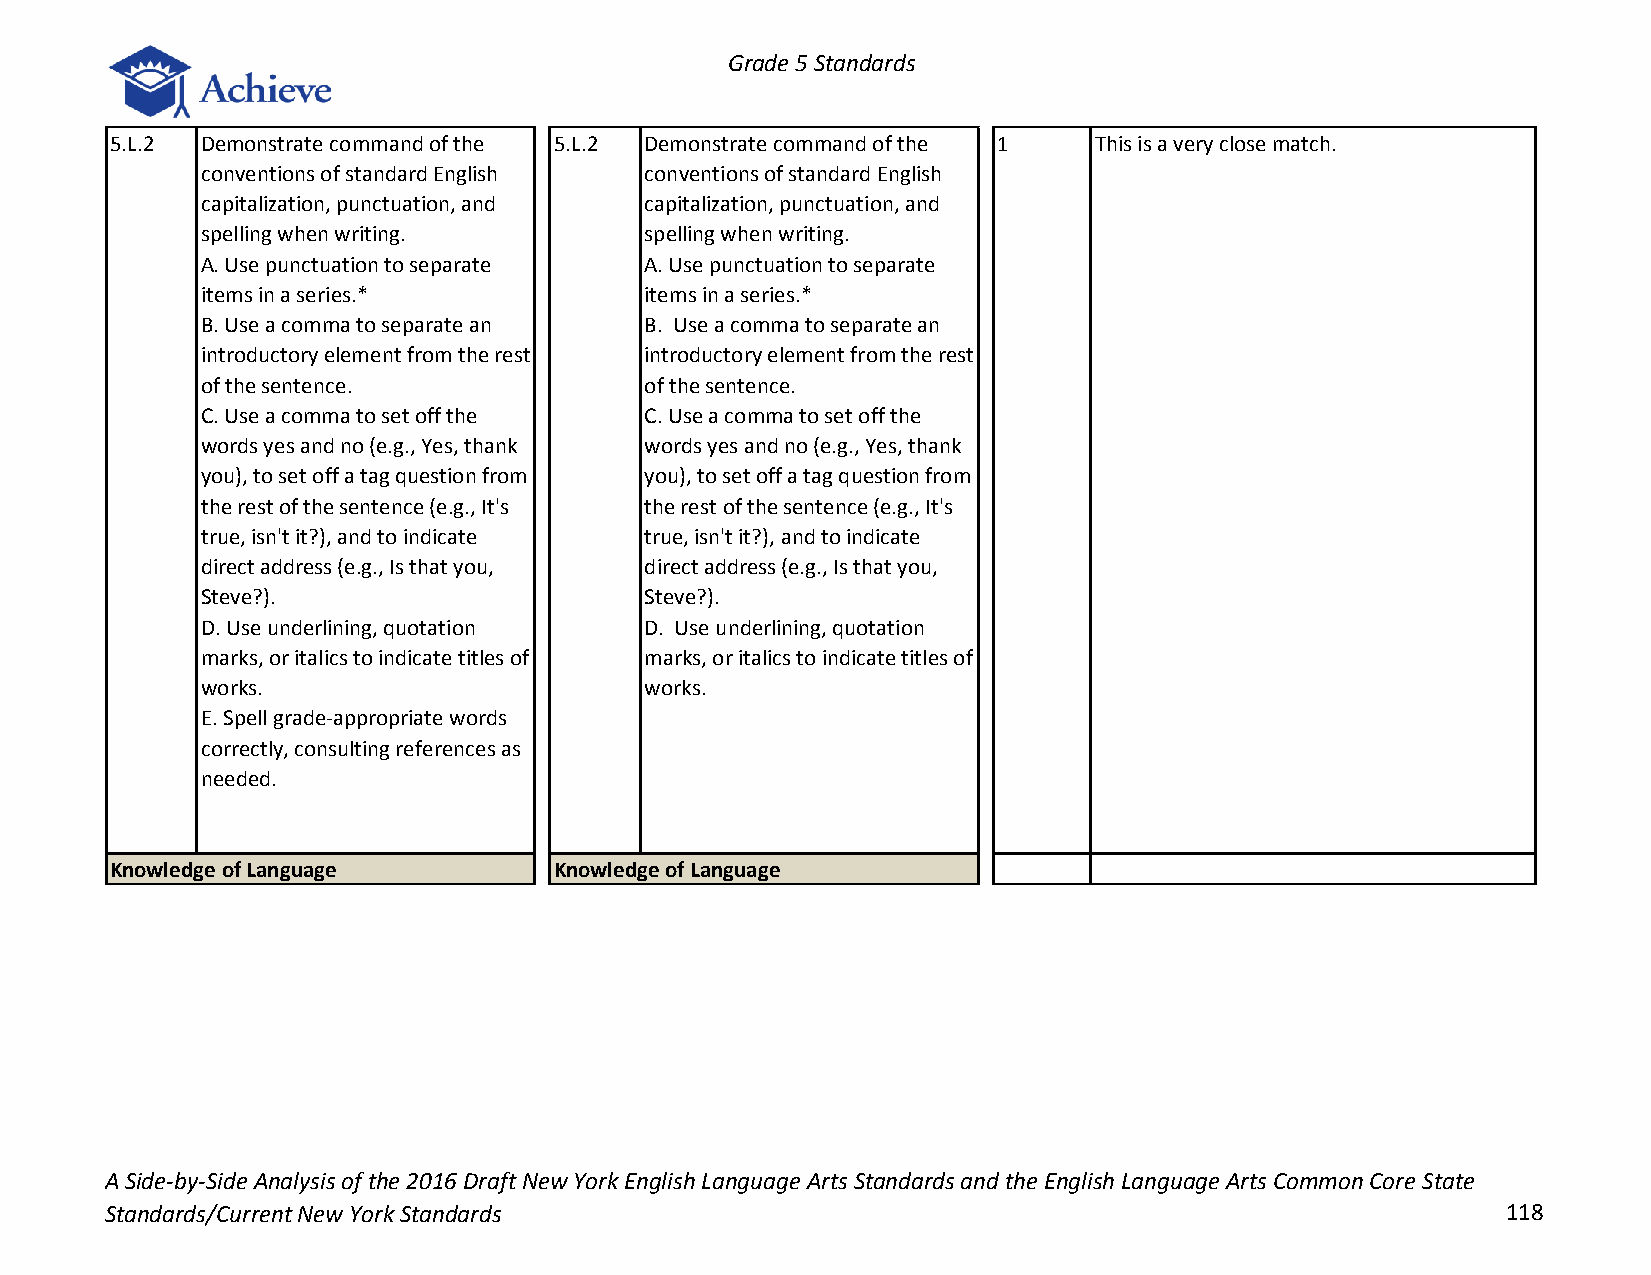
Grade 5 Standards
 5.L.2 Demonstrate command of the 5.L.2 Demonstrate command of the 1 This is a very close match.
 conventions of standard English conventions of standard English
 capitalization, punctuation, and capitalization, punctuation, and
 spelling when writing.        spelling when writing.
 A. Use punctuation to separate A. Use punctuation to separate
 items in a series.*           items in a series.*
 B. Use a comma to separate an B. Use a comma to separate an
 introductory element from the rest introductory element from the rest
 of the sentence.              of the sentence.
 C. Use a comma to set off the C. Use a comma to set off the
 words yes and no (e.g., Yes, thank words yes and no (e.g., Yes, thank
 you), to set off a tag question from you), to set off a tag question from
 the rest of the sentence (e.g., It's the rest of the sentence (e.g., It's
 true, isn't it?), and to indicate true, isn't it?), and to indicate
 direct address (e.g., Is that you, direct address (e.g., Is that you,
 Steve?).                      Steve?).
 D. Use underlining, quotation D. Use underlining, quotation
 marks, or italics to indicate titles of marks, or italics to indicate titles of
 works.                        works.
 E. Spell grade-appropriate words
 correctly, consulting references as
 needed.
 Knowledge of Language         Knowledge of Language
 A Side-by-Side Analysis of the 2016 Draft New York English Language Arts Standards and the English Language Arts Common Core State
 Standards/Current New York Standards                                                         118